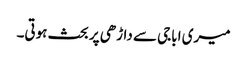
میری اباجی سے داڑھی پر بحث ہوتی۔